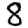
Digit: 8